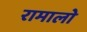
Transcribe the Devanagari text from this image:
रामालो